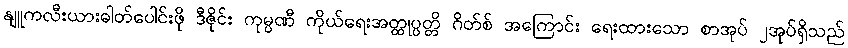
နျူကလီးယားဓါတ်ပေါင်းဖို ဒီဇိုင်း ကုမ္ပဏီ ကိုယ်ရေးအတ္ထုပ္ပတ္တိ ဂိတ်စ် အကြောင်း ရေးထားသော စာအုပ် ၂အုပ်ရှိသည်